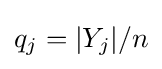
q_{j}=|Y_{j}|/n